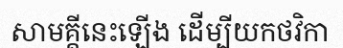
សាមគ្គីនេះឡើង ដើម្បីយកថវិកា